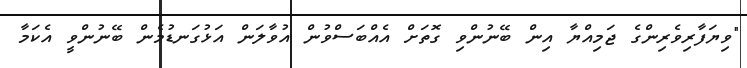
"ވިޔަފާރިވެރިންގެ ޖަމިއްޔާ އިން ބޭނުންވި ގޮތަށް އެއްބަސްވުން އުވާލަން އަޅުގަނޑުމެން ބޭނުންވީ އެކަމާ